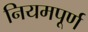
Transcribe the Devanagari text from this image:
नियमपूर्ण